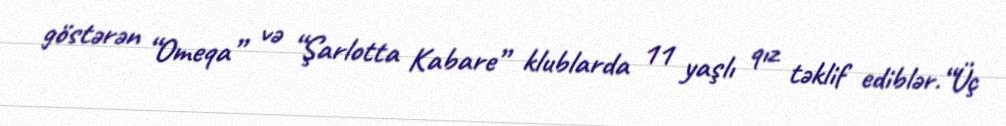
göstərən “Omeqa” və “Şarlotta Kabare” klublarda 11 yaşlı qız təklif ediblər.“Üç